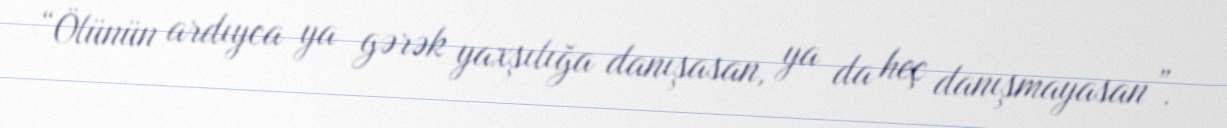
“Ölünün ardıyca ya gərək yaxşılığa danışasan, ya da heç danışmayasan”.